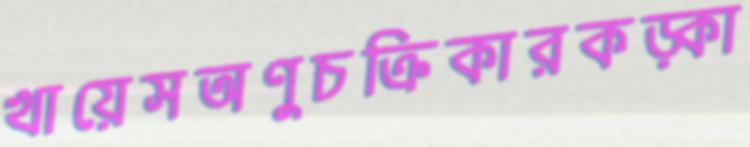
খায়েসঅণুচক্রিকারকড়্‌কা